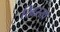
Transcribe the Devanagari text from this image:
खिरसा